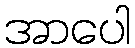
အာပေါ